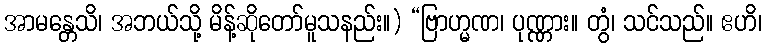
အာမန္တေသိ၊ အဘယ်သို့ မိန့်ဆိုတော်မူသနည်း။) “ဗြာဟ္မဏ၊ ပုဏ္ဏား။ တွံ၊ သင်သည်။ ဧဟိ၊